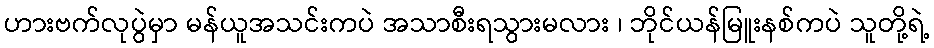
ဟားဗက်လုပွဲမှာ မန်ယူအသင်းကပဲ အသာစီးရသွားမလား ၊ ဘိုင်ယန်မြူးနစ်ကပဲ သူတို့ရဲ့